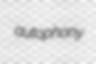
autophony